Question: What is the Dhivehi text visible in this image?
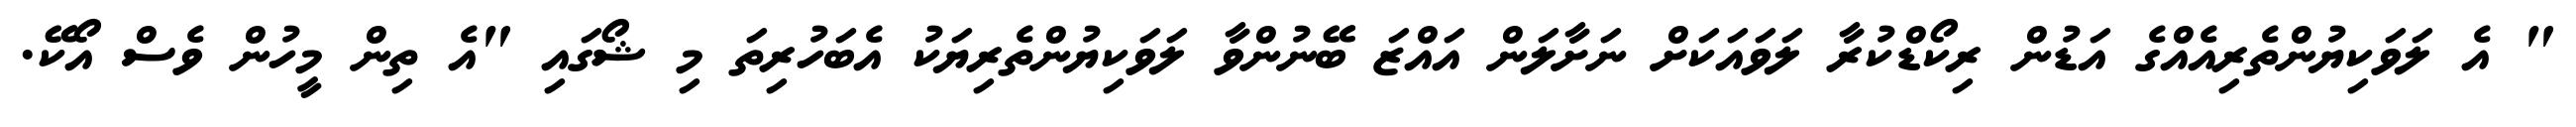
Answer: " އެ ލަވަކިޔުންތެރިއެއްގެ އަޑުން ރިކޯޑްކުރާ ލަވައަކަށް ނަށާލަން އައްޒަ ބޭނުންވާ ލަވަކިޔުންތެރިޔަކު އެބަހުރިތަ މި ޝޯގައި "އެ ތިން މީހުން ވެސް އޯކޭ.